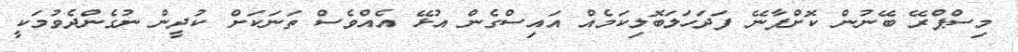
މިސްޕްރޭ ބޭނުން ކޮށްފާނޭ ފަދަހަލަބޮލިކަމެއް އައިސްގެން އުޅޭ އެއްވެސް ތަނަކަށް ކުދީން ނުގެންދެވުމަކީ